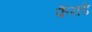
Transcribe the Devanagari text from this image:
फॅराडे